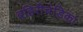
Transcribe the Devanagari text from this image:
बहिरीचंडिका